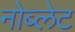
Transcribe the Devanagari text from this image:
नोब्लेट